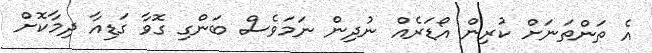
އެ ތަންތަނަށް ކުރިން އޯޑަރެއް ނުދިން ނަމަވެސް ބަންގި ގޮވާ ގަޑިއާ ދިމާކޮށް